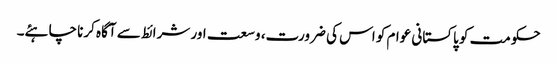
حکومت کو پاکستانی عوام کو اس کی ضرورت، وسعت اور شرائط سے آگاہ کرنا چاہئے۔